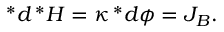
\, ^ { * } d \, ^ { * } H = \kappa \, ^ { * } d \phi = J _ { B } .